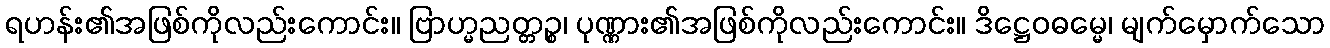
ရဟန်း၏အဖြစ်ကိုလည်းကောင်း။ ဗြာဟ္မညတ္တဉ္စ၊ ပုဏ္ဏား၏အဖြစ်ကိုလည်းကောင်း။ ဒိဋ္ဌေဝဓမ္မေ၊ မျက်မှောက်သော